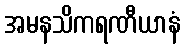
အမနသိကရဏီယာနံ